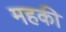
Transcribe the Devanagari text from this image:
महकी